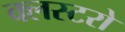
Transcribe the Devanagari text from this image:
क्लस्टरो